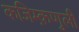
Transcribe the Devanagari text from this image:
कजिम्क़णुली